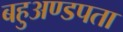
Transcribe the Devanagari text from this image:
बहुअण्डपता